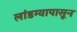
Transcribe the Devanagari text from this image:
लांडग्यापासून